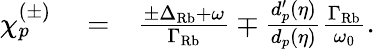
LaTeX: \begin{array}{rlr}{\chi_{p}^{(\pm)}}&{{}=}&{\frac{\pm\Delta_{\mathrm{Rb}}+\omega}{\Gamma_{\mathrm{Rb}}}\mp\frac{d_{p}^{\prime}(\eta)}{d_{p}(\eta)}\frac{\Gamma_{\mathrm{Rb}}}{\omega_{0}}.}\end{array}